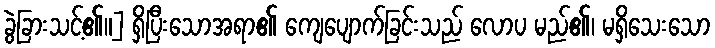
ခွဲခြားသင့်၏။] ရှိပြီးသောအရာ၏ ကျေပျောက်ခြင်းသည် လောပ မည်၏၊ မရှိသေးသော